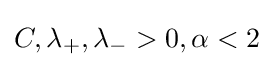
C,\lambda _{+},\lambda _{-}>0,\alpha <2